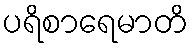
ပရိစာရေမာတိ